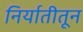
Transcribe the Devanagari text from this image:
निर्यातीतून